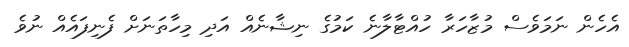
އެހެން ނަމަވެސް މުޒާހަރާ ހުއްޓާލާނެ ކަމުގެ ނިޝާނެއް އަދި މިހާތަނަށް ފެނިފައެއް ނުވެ